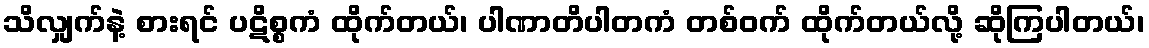
သိလျှက်နဲ့ စားရင် ပဋိစ္စကံ ထိုက်တယ်၊ ပါဏာတိပါတကံ တစ်ဝက် ထိုက်တယ်လို့ ဆိုကြပါတယ်၊